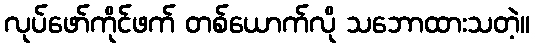
လုပ်ဖော်ကိုင်ဖက် တစ်ယောက်လို သဘောထားသတဲ့။